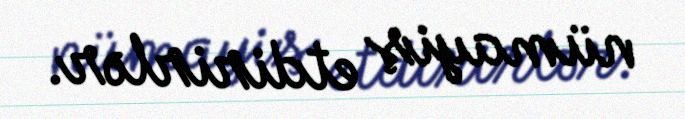
nümayiş etdirirlər.